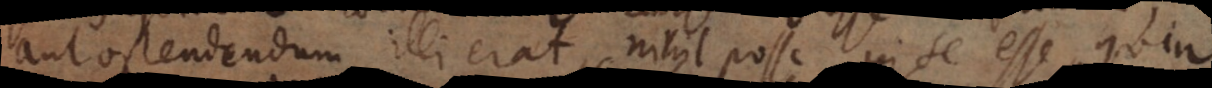
aut ostendendum illi erat, nihil posse in se esse, quin